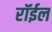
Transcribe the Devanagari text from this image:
रॉईल